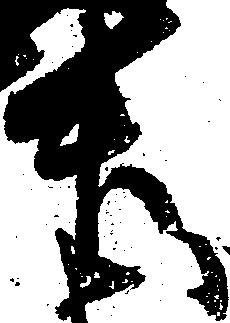
升